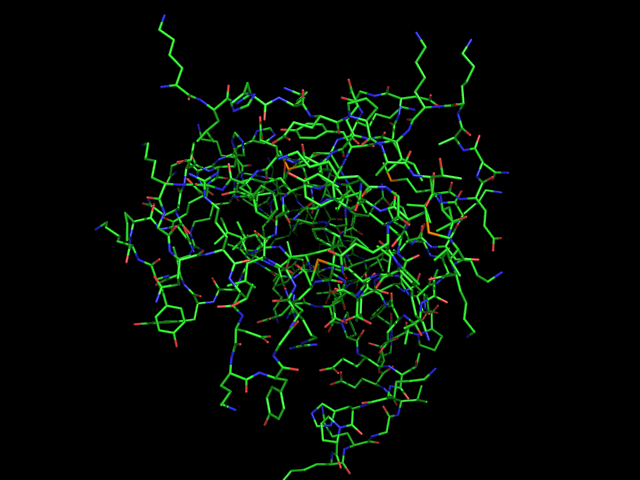
pymol, lines